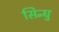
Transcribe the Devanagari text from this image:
सिन्घु